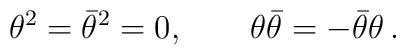
\theta^2 = \bar\theta^2 = 0, \qquad \theta\bar\theta = -\bar\theta\theta\,.